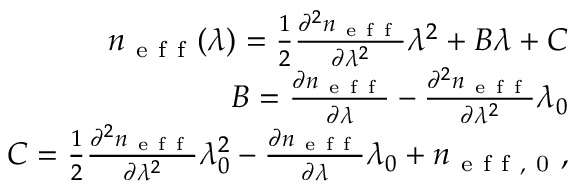
\begin{array} { r } { n _ { \mathrm { ~ e ~ f ~ f ~ } } ( \lambda ) = \frac { 1 } { 2 } \frac { \partial ^ { 2 } n _ { \mathrm { ~ e ~ f ~ f ~ } } } { \partial \lambda ^ { 2 } } \lambda ^ { 2 } + B \lambda + C } \\ { B = \frac { \partial n _ { \mathrm { ~ e ~ f ~ f ~ } } } { \partial \lambda } - \frac { \partial ^ { 2 } n _ { \mathrm { ~ e ~ f ~ f ~ } } } { \partial \lambda ^ { 2 } } \lambda _ { 0 } } \\ { C = \frac { 1 } { 2 } \frac { \partial ^ { 2 } n _ { \mathrm { ~ e ~ f ~ f ~ } } } { \partial \lambda ^ { 2 } } \lambda _ { 0 } ^ { 2 } - \frac { \partial n _ { \mathrm { ~ e ~ f ~ f ~ } } } { \partial \lambda } \lambda _ { 0 } + n _ { \mathrm { ~ e ~ f ~ f ~ , ~ 0 ~ } } , } \end{array}